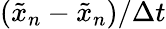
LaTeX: (\tilde{x}_{n}-\tilde{x}_{n})/\Delta t